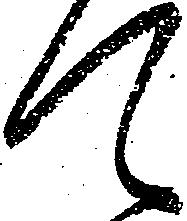
て